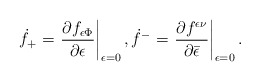
\begin{align*}\dot{f}_{+}=\left.\frac{\partial f_{\epsilon\Phi}}{\partial \epsilon}\right|_{\epsilon=0},\dot{f}^{-}=\left.\frac{\partial f^{\epsilon\nu}}{\partial \bar{\epsilon}}\right|_{\epsilon=0}.\end{align*}